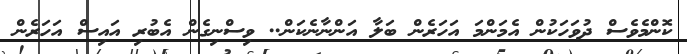
ކޮންމެވެސް ދުވަހަކުން އެމަންމަ އަހަރެން ބަލާ އަންނާނެކަން.. ވިސްނިގެން އެބުރި އައިސް އަހަރެން